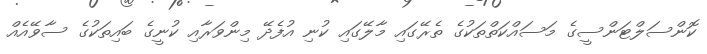
ކޮންސަލްޓަންސީގެ މަސައްކަތްތަކުގެ ތެރޭގައި މާލޭގައި ކުނި އުފެދޭ މިންވަރާއި ކުނީގެ ބައިތަކުގެ ސާވޭއެއް